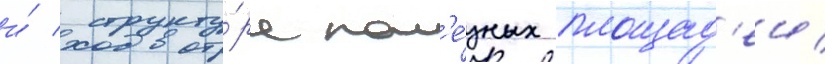
и́ структу́ра пол'е́зных площад'еи